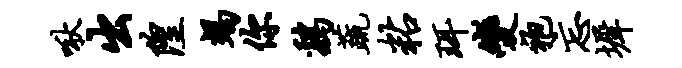
啾出隍竭你鸡蔬粘珥变袍忘墀